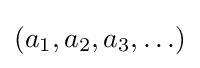
(a_{1},a_{2},a_{3},\ldots )